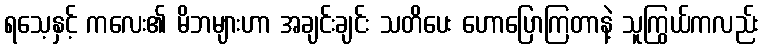
ရသေ့နှင့် ကလေး၏ မိဘများဟာ အချင်းချင်း သတိပေး ဟောပြောကြတာနဲ့ သူကြွယ်ကလည်း